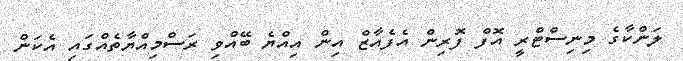
ލަންކާގެ މިނިސްޓްރީ އޮފް ފޮރިން އެފެއާޒް އިން އިއްޔެ ބޭއްވި ރަސްމިއްޔާތެއްގައި އެކަން